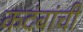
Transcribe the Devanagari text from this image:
कदंबांची